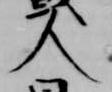
人